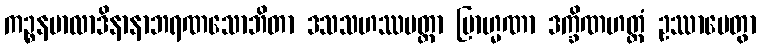
ကဉ္စနမာလာဒိနာနာဘရဏသောဘိတာ ဒသသဟဿမတ္တာ ဗြာဟ္မဏာ ဒက္ခိဏဟတ္ထံ ဥဿာပေတွာ